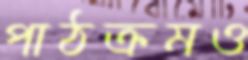
পাঠক্রমও